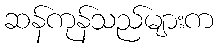
ဆန်ကုန်သည်များက